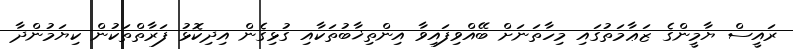
ރައީސް ޔާމީންގެ ޒަޢާމަތުގައި މިހާތަނަށް ބޭއްވިފައިވާ އިންތިޚާބުތަކާއި ގުޅިގެން އިދިކޮޅު ފަރާތްތަކުން ކިޔަމުންދާ